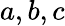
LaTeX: a,b,c